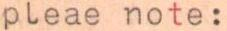
pleae note: